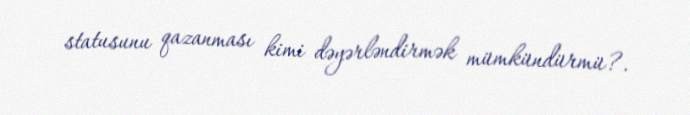
statusunu qazanması kimi dəyərləndirmək mümkündürmü?.